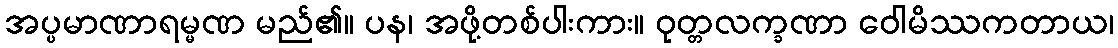
အပ္ပမာဏာရမ္မဏ မည်၏။ ပန၊ အဖို့တစ်ပါးကား။ ဝုတ္တလက္ခဏာ ဝေါမိဿကတာယ၊